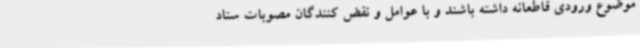
موضوع ورودی قاطعانه داشته باشند و با عوامل و نقض کنندگان مصوبات ستاد